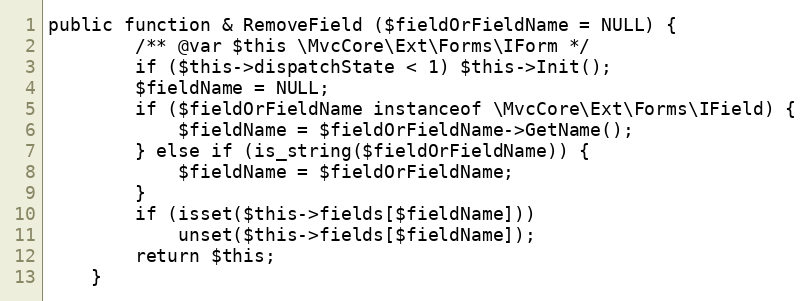
Language: PHP
public function & RemoveField ($fieldOrFieldName = NULL) {
		/** @var $this \MvcCore\Ext\Forms\IForm */
		if ($this->dispatchState < 1) $this->Init();
		$fieldName = NULL;
		if ($fieldOrFieldName instanceof \MvcCore\Ext\Forms\IField) {
			$fieldName = $fieldOrFieldName->GetName();
		} else if (is_string($fieldOrFieldName)) {
			$fieldName = $fieldOrFieldName;
		}
		if (isset($this->fields[$fieldName]))
			unset($this->fields[$fieldName]);
		return $this;
	}